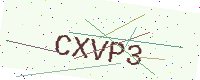
Text: CXVP3